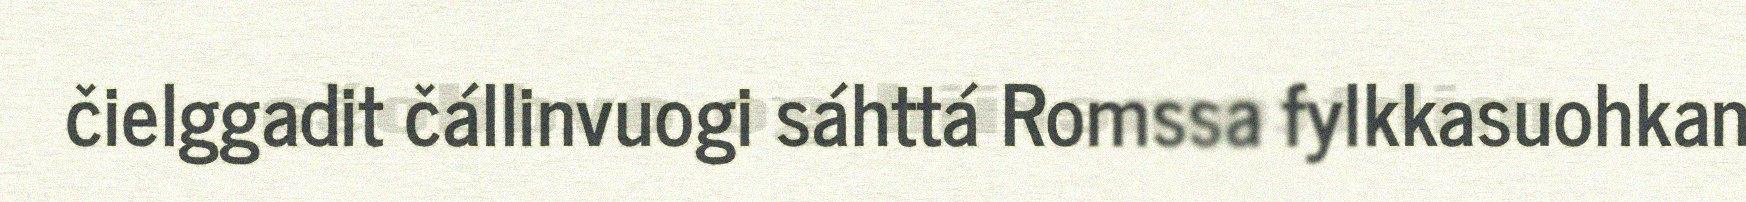
čielggadit čállinvuogi sáhttá Romssa fylkkasuohkan